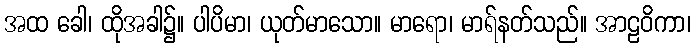
အထ ခေါ၊ ထိုအခါ၌။ ပါပိမာ၊ ယုတ်မာသော။ မာရော၊ မာရ်နတ်သည်။ အာဠဝိကာ၊